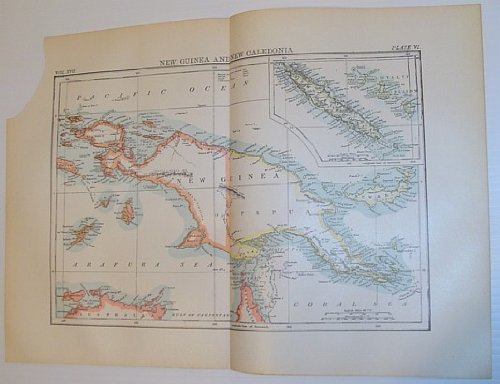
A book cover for Map of New Guinea and New Caledonia - Circa 1902; Author Not Stated; Travel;